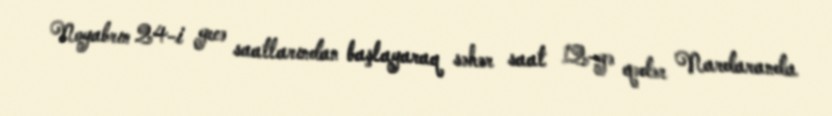
Noyabrın 24-i gecə saatlarından başlayaraq səhər saat 12-yə qədər Nardaranda